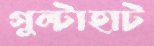
গুল্টাহাট